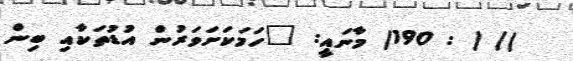
)) ( : 190) މާނައީ: "ހަމަކަށަވަރުން އުޑުތަކާއި ބިން